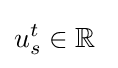
u_{s}^{t}\in {\mathbb {R} }\